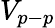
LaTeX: V_{p-p}